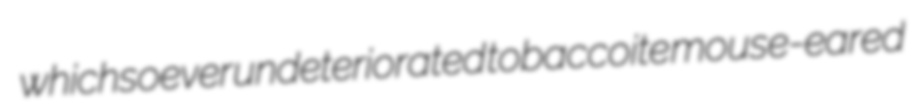
whichsoever undeteriorated tobaccoite mouse-eared